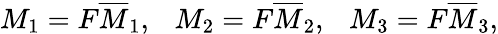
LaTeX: M_{1}=F\overline{{{M}}}_{1},\ \ \ M_{2}=F\overline{{{M}}}_{2},\ \ \ M_{3}=F\overline{{{M}}}_{3},